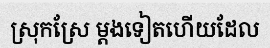
ស្រុកស្រែ ម្តងទៀតហើយដែល